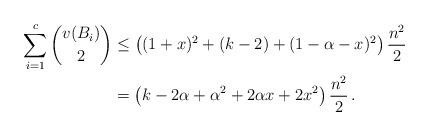
LaTeX: \begin{align*}\sum_{i=1}^c \binom{v(B_i)}{2} &\leq \left((1+x)^2+(k-2)+(1-\alpha-x)^2\right)\frac{n^2}{2}\\&=\left(k -2\alpha + \alpha^2 + 2\alpha x + 2x^2\right)\frac{n^2}{2}\,.\end{align*}